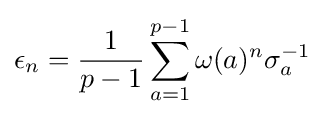
\epsilon _{n}={\frac {1}{p-1}}\sum _{a=1}^{p-1}\omega (a)^{n}\sigma _{a}^{-1}